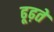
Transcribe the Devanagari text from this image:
ढूढ़ते